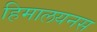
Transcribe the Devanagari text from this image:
हिमालयनस